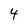
Character: 4